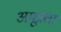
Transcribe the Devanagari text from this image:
अमूत्रता